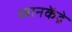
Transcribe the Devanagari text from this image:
ध्यानकेंद्रे